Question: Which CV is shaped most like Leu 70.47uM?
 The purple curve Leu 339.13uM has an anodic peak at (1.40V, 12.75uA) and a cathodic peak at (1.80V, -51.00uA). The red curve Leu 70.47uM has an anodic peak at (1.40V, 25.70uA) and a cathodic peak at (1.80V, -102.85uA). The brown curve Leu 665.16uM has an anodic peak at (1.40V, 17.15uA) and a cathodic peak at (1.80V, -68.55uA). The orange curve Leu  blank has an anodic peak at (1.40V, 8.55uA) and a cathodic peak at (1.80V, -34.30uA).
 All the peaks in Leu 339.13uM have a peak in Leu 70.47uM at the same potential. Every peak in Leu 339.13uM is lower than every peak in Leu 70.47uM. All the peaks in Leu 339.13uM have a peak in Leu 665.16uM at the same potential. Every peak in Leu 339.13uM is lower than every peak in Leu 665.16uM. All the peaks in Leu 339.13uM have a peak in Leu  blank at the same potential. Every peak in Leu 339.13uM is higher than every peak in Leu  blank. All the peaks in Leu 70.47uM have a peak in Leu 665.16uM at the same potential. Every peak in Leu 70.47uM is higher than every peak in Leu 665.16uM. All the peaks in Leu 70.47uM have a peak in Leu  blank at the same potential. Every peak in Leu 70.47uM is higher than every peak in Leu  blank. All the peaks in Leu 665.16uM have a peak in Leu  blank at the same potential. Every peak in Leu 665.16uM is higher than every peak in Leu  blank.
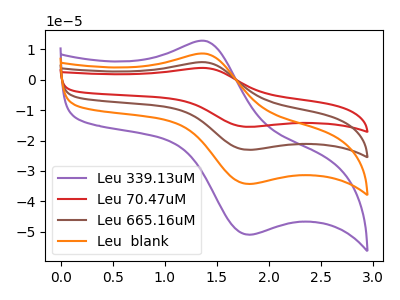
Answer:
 <answer>"Leu 70.47uM", "Leu 665.16uM" and "Leu  blank" have a similar shape to "Leu 339.13uM".</answer>
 <eval>"Leu 70.47uM" "Leu 665.16uM" "Leu  blank"</eval>